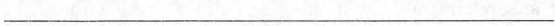
________________________